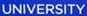
UNIVERSITY